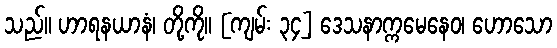
သည်။ ဟာရနယာနံ၊ တို့ကို။ [ကျမ်း ၃၄] ဒေသနာက္ကမေနေဝ၊ ဟောသော